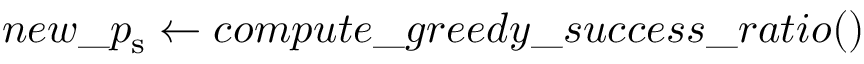
n e w \textunderscore p _ { \mathrm { s } } \gets c o m p u t e \textunderscore g r e e d y \textunderscore s u c c e s s \textunderscore r a t i o ( )